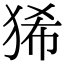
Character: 狶